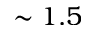
\sim 1 . 5